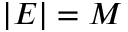
| E | = M